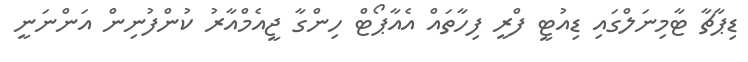
ޑިޕާޗާ ޓާމިނަލްގައި ޑިއުޓީ ފްރީ ފިހާތައް އެއާޕޯޓް ހިންގާ ޖީއެމްއާރު ކުންފުނިން އަންނަނީ